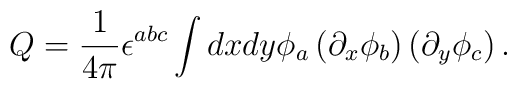
Q=\frac{1}{4\pi}\epsilon^{abc}\int dxdy\phi_{a}\left(\partial_{x}\phi_{b}\right) \left(\partial_{y}\phi_{c}\right).